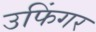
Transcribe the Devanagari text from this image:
उफिंगर